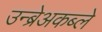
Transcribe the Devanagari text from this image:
उन्ब्रेअकब्ले